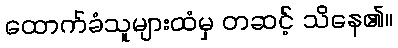
ထောက်ခံသူများထံမှ တဆင့် သိနေ၏။